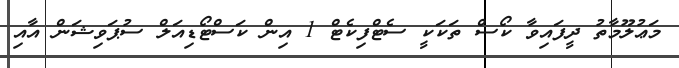
މަޢުލޫމާތު ދީފައިވާ ކޯސް ތަކަކީ ސެޓްފިކެޓް 1 އިން ކަސްޓޯޑިއަލް ސުޕަވިޝަން އާއި